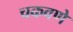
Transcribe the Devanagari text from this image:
चकवणे